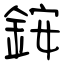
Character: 銨